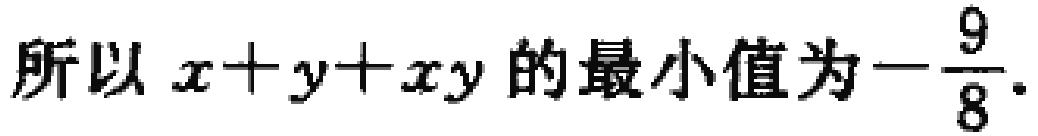
所以 \(x + y + xy\) 的最小值为\(-\frac{9}{8}\).